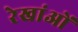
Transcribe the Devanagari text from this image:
रेखांओं